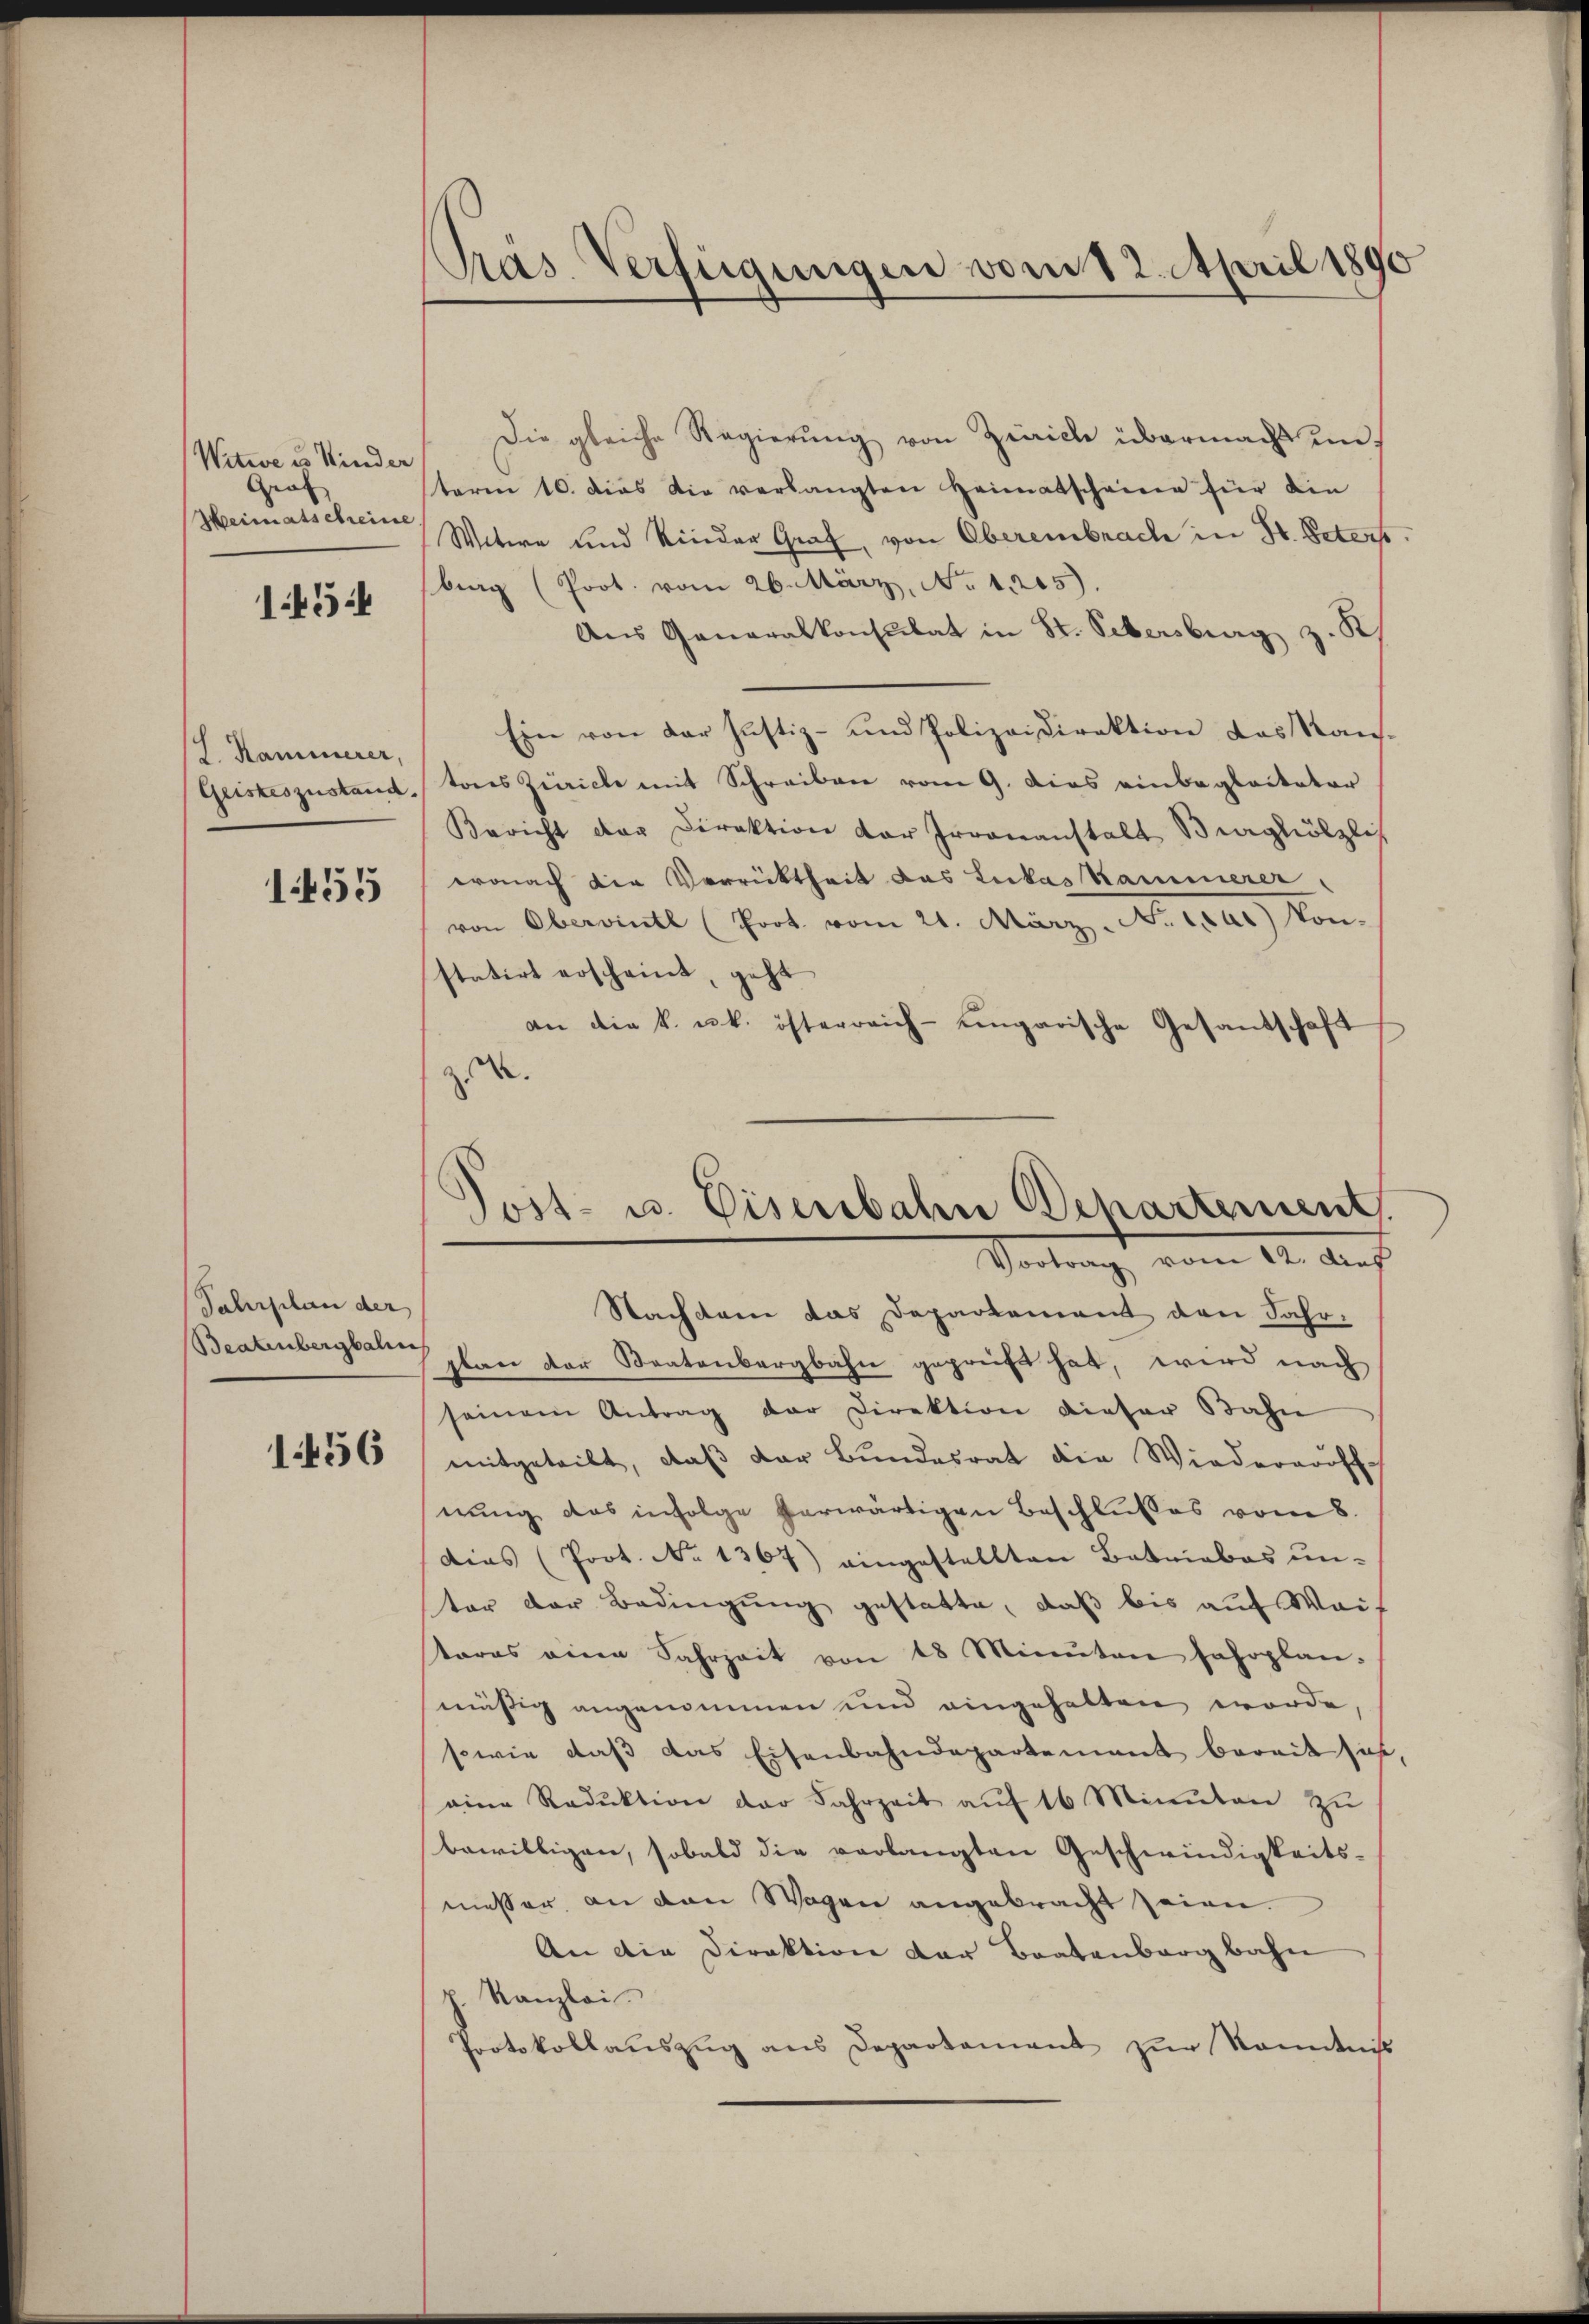
Witwe es Kinder
Graf
Heimatscheine

1454

J. Kaminerer,
Geisteszustand.

1455

Jahrplan der
Beatenbergbalin

1456

Pras Verfügungen vom 12. April 1890

Post- u. Eisenbahn Departement
Vertrag, vom 14. Aug
Nachdem das Departement den Fahr¬

Die gleiche Regierŭng von Zürich übermacht in
teren 10. dies die verlangten Heimatscheiner für die
Witere und Kinder Graf, von Oberembrach in St. Peters
berg (Prot. vom 26. März, No 1215)
Aus Generalkonsulat in St. Petersburg z. S
Ein von der Justiz- und Polizeidirektion das Kans-
tons Zürich mit Schreiben vom 9. Dies einbegleiteter
Bericht der Direktion der Irrenanstalt Berghölzlis
wonach die Verrücktheit des Lukas Kammerer,
von Oberwintl (Prot. vom 21. März. Nr. 204.) Von
statirt erscheint, geht
an die k. k. österreich-ungarische Gesandschaft
A.
plan der Staatenbergbahn geprüft hat, wird nach
seinem Antrag der Direktion dieser Bahn
mitgeteilt, daß der Bundesrat die Wiederrufs
nung das infolge herwärtigen Beschlusses vom 8.
dias (Prot. No 1367) eingestellten Betriebes un-
ter der Bedingung gestatte, daß bis auf Wais
tares eine Fahrzeit von 18 Minuten Jahrplan-
mässig angenommen und eingehalten worde
sowie daß das Eisenbahndepartement bereit sich,
eine Reduktion der Fahrzeit aŭf 16 Minuten zu
bewilligen, sobald die verlangten Geschwindigkeits-
messer, an den Wagen angebracht seien.
An die Direktion der Bratenbergbahn
" Kanzlei.
Protokollaŭszŭg ans Departement zŭr Kenntniß